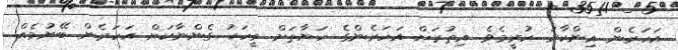
އަހަރެން އިންކާރު ކުރީމެވެ. އިތުރަށް އަހަރެންގެ ހަޔާތަށް މީހަކު ގެންނާކަށް އަހަރެން ބޭނުމެއް